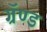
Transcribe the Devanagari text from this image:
ग्रॅण्ड